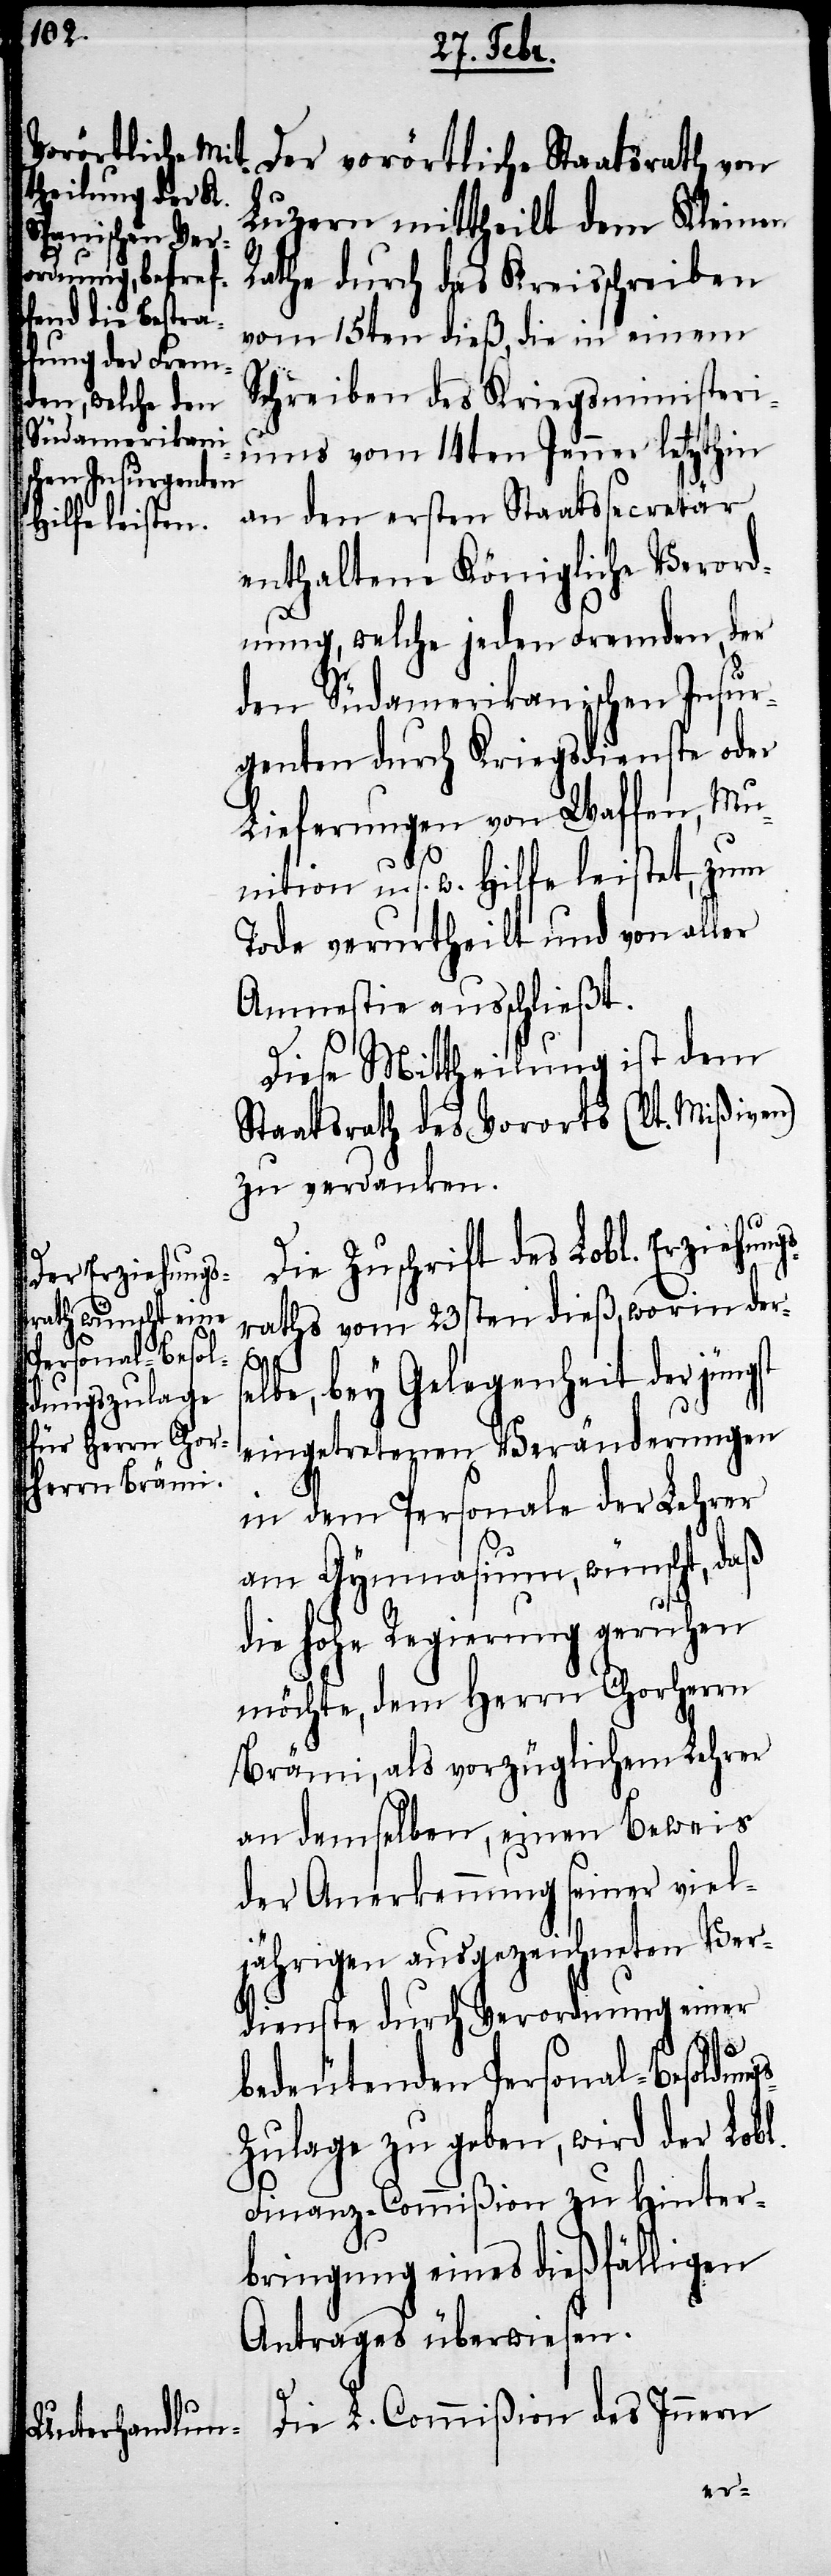
l.

Der vorörtliche Staatsrath von
Luzern mittheilt dem Kleinen
Rathe durch das Kreisschreiben
vom 15ten dieß, die in einem
Schreiben des Kriegsministeri¬
ums vom 14ten Jenner letzthin
an den ersten Staatssecretär
enthaltene Königliche Verord¬
nung, welche jeden Fremden, der
den Südamerikanischen Insur¬
genten durch Kriegsdienste oder
Lieferungen von Waffen, Mu¬
nition u. s. w. Hilfe leistet, zum
Tode verurtheilt und von aller
Amnestie ausschließt.
Diese Mittheilung ist dem
Staatsrath des Vororts (lt. Mißiven)
zu verdanken.
Die Zuschrift des Lobl. Erziehun¬
raths vom 23sten dieß, worin ders¬
gs-Z¬
elbe, bey Gelegenheit der jünst
eingetretenen Veränderungen
in dem Personale der Lehrer
am Gymnasium, wünscht, daß
die hohe Regierung geruhen
möchte, dem Herrn Chorherrn
Brämi, als vorzüglichem Lehrer
an demselben, einen Beweis
der Anerkennung seiner viel¬
jährigen ausgezeichneten Ver¬
dienste durch Verordnung einer
bedeutenden Personal-Besoldun¬
ulage zu geben, wird der Lob¬
Finanz-Commißion zu Hinter¬
bringung eines dießfälligen
Antrages überwiesen.
Die L. Commißion des Innern